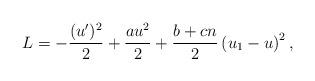
LaTeX: \begin{align*}L=-\frac{(u')^2}{2}+\frac{au^2}{2}+\frac{b+cn}{2}\left(u_1-u\right)^2,\end{align*}